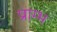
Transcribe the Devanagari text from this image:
प्राम्‍भ